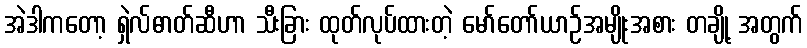
အဲဒါကတော့ ရှဲလ်ဓာတ်ဆီဟာ သီးခြား ထုတ်လုပ်ထားတဲ့ မော်တော်ယာဉ်အမျိုးအစား တချို့ အတွက်